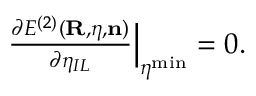
\begin{array} { r } { \frac { \partial { \cal E } ^ { ( 2 ) } ( { \bf R } , { \boldsymbol \eta } , { \bf n } ) } { \partial \eta _ { I L } } \Big \vert _ { { \boldsymbol \eta } ^ { \mathrm { m i n } } } = 0 . } \end{array}